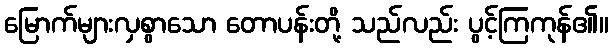
မြောက်များလှစွာသော တောပန်းတို့ သည်လည်း ပွင့်ကြကုန်၏။